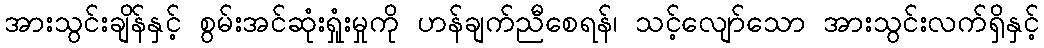
အားသွင်းချိန်နှင့် စွမ်းအင်ဆုံးရှုံးမှုကို ဟန်ချက်ညီစေရန်၊ သင့်လျော်သော အားသွင်းလက်ရှိနှင့်